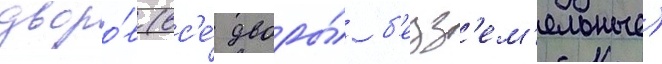
дворо́в (вс'е́ дворы́ б'езз'ем'ельные)